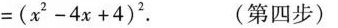
$$= ( x ^ { 2 } - 4 x + 4 ) ^ { 2 }$$. (第四步)